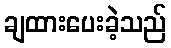
ချထားပေးခဲ့သည်